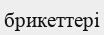
брикеттері